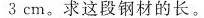
3cm。求这段钢材的长。